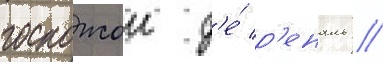
госпожои д'е́ р'еналь //